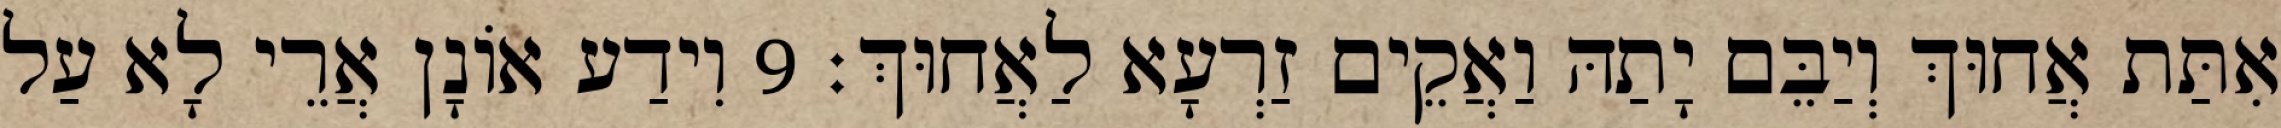
אִתַּת אֲחוּךְ וְיַבֵּם יָתַהּ וַאֲקֵים זַרְעָא לַאֲחוּךְ׃ 9 וִידַע אוֹנָן אֲרֵי לָא עַל